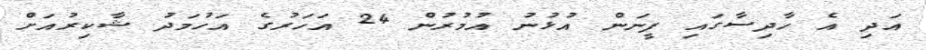
އަދި އެ ހާދިސާގައި ފީނަން އުޅުނު އުމުރުން 24 އަހަރުގެ އަހުމަދު ޝާކިރުއަށް